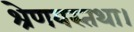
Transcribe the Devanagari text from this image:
श्रेणयस्तथा।